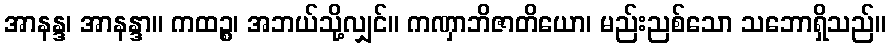
အာနန္ဒ၊ အာနန္ဒာ။ ကထဉ္စ၊ အဘယ်သို့လျှင်။ ကဏှာဘိဇာတိယော၊ မည်းညစ်သော သဘောရှိသည်။